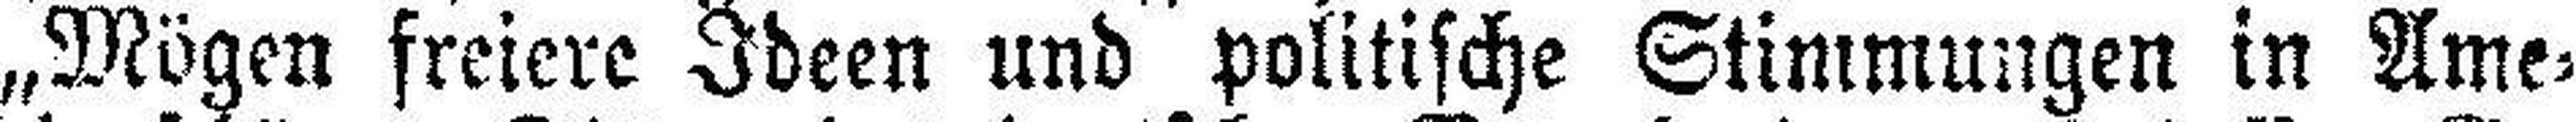
„Mögen freiere Ideen und politische Stimmungen in Ame¬